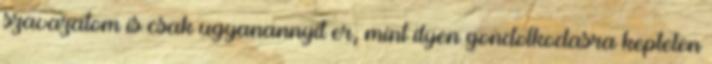
szavazatom is csak ugyanannyit er, mint ilyen gondolkodasra keptelen